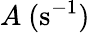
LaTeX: A~(\mathrm{s}^{-1})